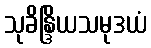
သုခိန္ဒြိယသမုဒယံ